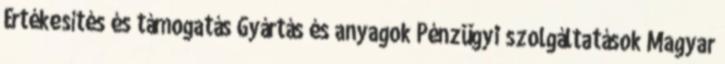
Értékesítés és támogatás Gyártás és anyagok Pénzügyi szolgáltatások Magyar